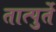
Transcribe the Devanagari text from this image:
तात्पुर्ते